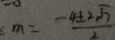
m = \frac { - 4 \pm 2 \sqrt { 7 } } { 2 }